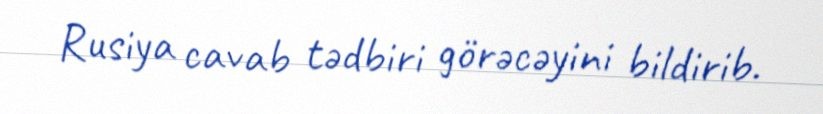
Rusiya cavab tədbiri görəcəyini bildirib.